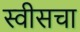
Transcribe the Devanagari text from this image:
स्वीसचा